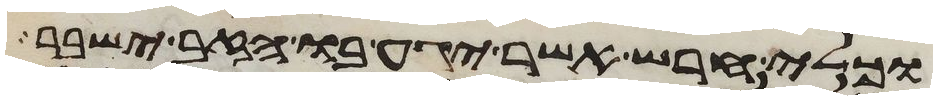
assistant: וכלי חרש אשר יגע בו הזב ישבר